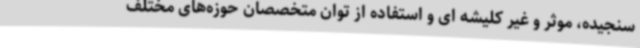
سنجیده، موثر و غیر کلیشه ‌ای و استفاده از توان متخصصان حوزه‌های مختلف